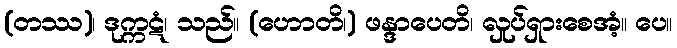
(တဿ)၊ ဒုက္ကဋံ၊ သည်။ (ဟောတိ၊) ဖန္ဒာပေတိ၊ လှုပ်ရှားစေအံ့။ ပေ။